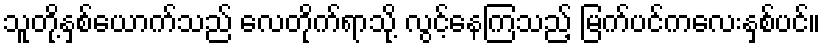
သူတို့နှစ်ယောက်သည် လေတိုက်ရာသို့ လွင့်နေကြသည့် မြက်ပင်ကလေးနှစ်ပင်။